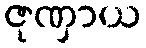
ဇုဏှာယ